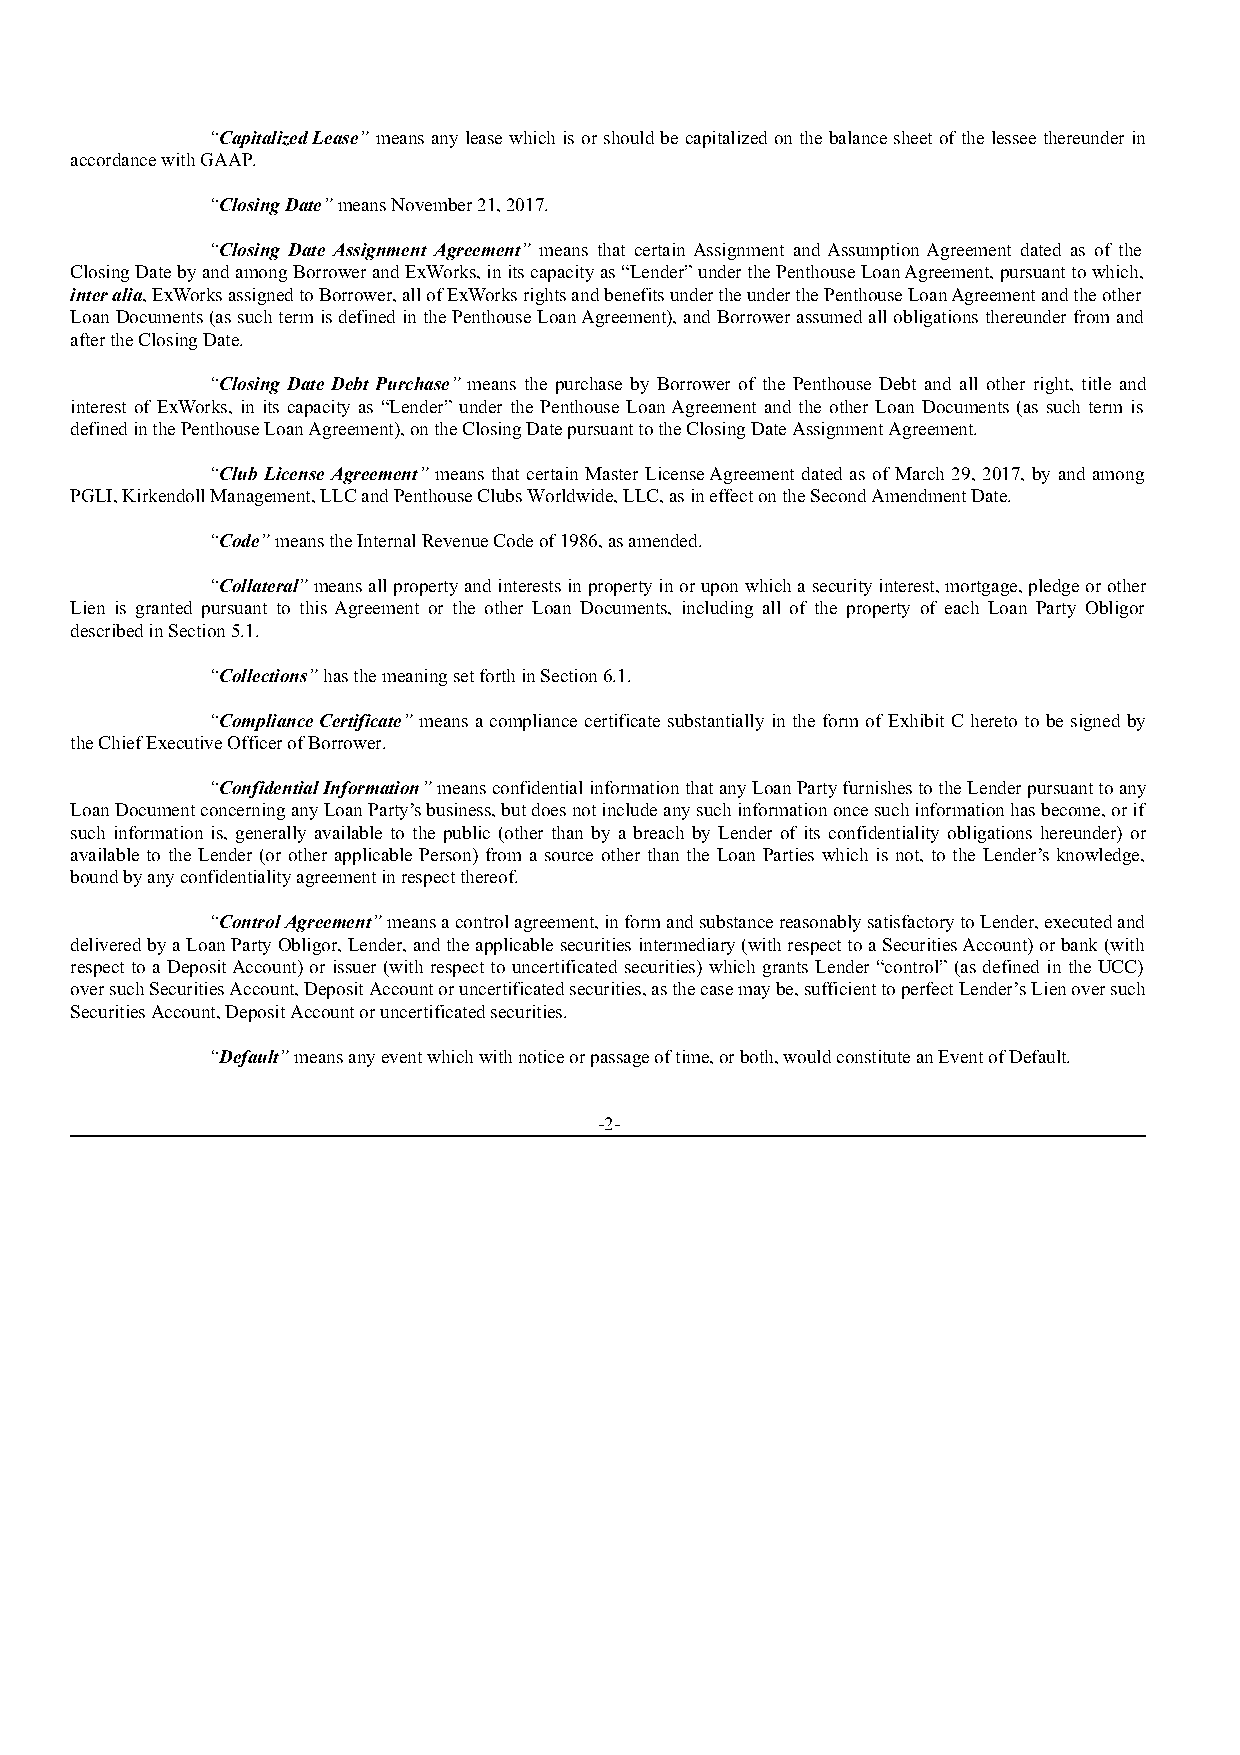
“Capitalized Lease” means any lease which is or should be capitalized on the balance sheet of the lessee thereunder in
 accordance with GAAP.
 “Closing Date” means November 21, 2017.
 “Closing Date Assignment Agreement” means that certain Assignment and Assumption Agreement dated as of the
 Closing Date by and among Borrower and ExWorks, in its capacity as “Lender” under the Penthouse Loan Agreement, pursuant to which,
 inter alia, ExWorks assigned to Borrower, all of ExWorks rights and benefits under the under the Penthouse Loan Agreement and the other
 Loan Documents (as such term is defined in the Penthouse Loan Agreement), and Borrower assumed all obligations thereunder from and
 after the Closing Date.
 “Closing Date Debt Purchase” means the purchase by Borrower of the Penthouse Debt and all other right, title and
 interest of ExWorks, in its capacity as “Lender” under the Penthouse Loan Agreement and the other Loan Documents (as such term is
 defined in the Penthouse Loan Agreement), on the Closing Date pursuant to the Closing Date Assignment Agreement.
 “Club License Agreement” means that certain Master License Agreement dated as of March 29, 2017, by and among
 PGLI, Kirkendoll Management, LLC and Penthouse Clubs Worldwide, LLC, as in effect on the Second Amendment Date.
 “Code” means the Internal Revenue Code of 1986, as amended.
 “Collateral” means all property and interests in property in or upon which a security interest, mortgage, pledge or other
 Lien is granted pursuant to this Agreement or the other Loan Documents, including all of the property of each Loan Party Obligor
 described in Section 5.1.
 “Collections” has the meaning set forth in Section 6.1.
 “Compliance Certificate” means a compliance certificate substantially in the form of Exhibit C hereto to be signed by
 the Chief Executive Officer of Borrower.
 “Confidential Information” means confidential information that any Loan Party furnishes to the Lender pursuant to any
 Loan Document concerning any Loan Party’s business, but does not include any such information once such information has become, or if
 such information is, generally available to the public (other than by a breach by Lender of its confidentiality obligations hereunder) or
 available to the Lender (or other applicable Person) from a source other than the Loan Parties which is not, to the Lender’s knowledge,
 bound by any confidentiality agreement in respect thereof.
 “Control Agreement” means a control agreement, in form and substance reasonably satisfactory to Lender, executed and
 delivered by a Loan Party Obligor, Lender, and the applicable securities intermediary (with respect to a Securities Account) or bank (with
 respect to a Deposit Account) or issuer (with respect to uncertificated securities) which grants Lender “control” (as defined in the UCC)
 over such Securities Account, Deposit Account or uncertificated securities, as the case may be, sufficient to perfect Lender’s Lien over such
 Securities Account, Deposit Account or uncertificated securities.
 “Default” means any event which with notice or passage of time, or both, would constitute an Event of Default.
 -2-